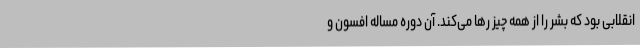
انقلابی بود که بشر را از همه چیز رها می‌کند. آن دوره مساله افسون و